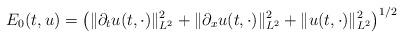
LaTeX: \begin{align*}E_0(t,u)=\big( \|\partial_tu(t,\cdot)\|_{L^2}^2+\|\partial_xu(t,\cdot)\|_{L^2}^2 + \|u(t,\cdot)\|_{L^2}^2 \big)^{1/2}\end{align*}